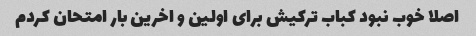
اصلا خوب نبود کباب ترکیش برای اولین و اخرین بار امتحان کردم